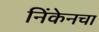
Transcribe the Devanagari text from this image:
निंकेनचा